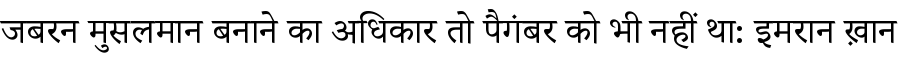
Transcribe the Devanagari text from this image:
जबरन मुसलमान बनाने का अधिकार तो पैगंबर को भी नहीं था: इमरान ख़ान